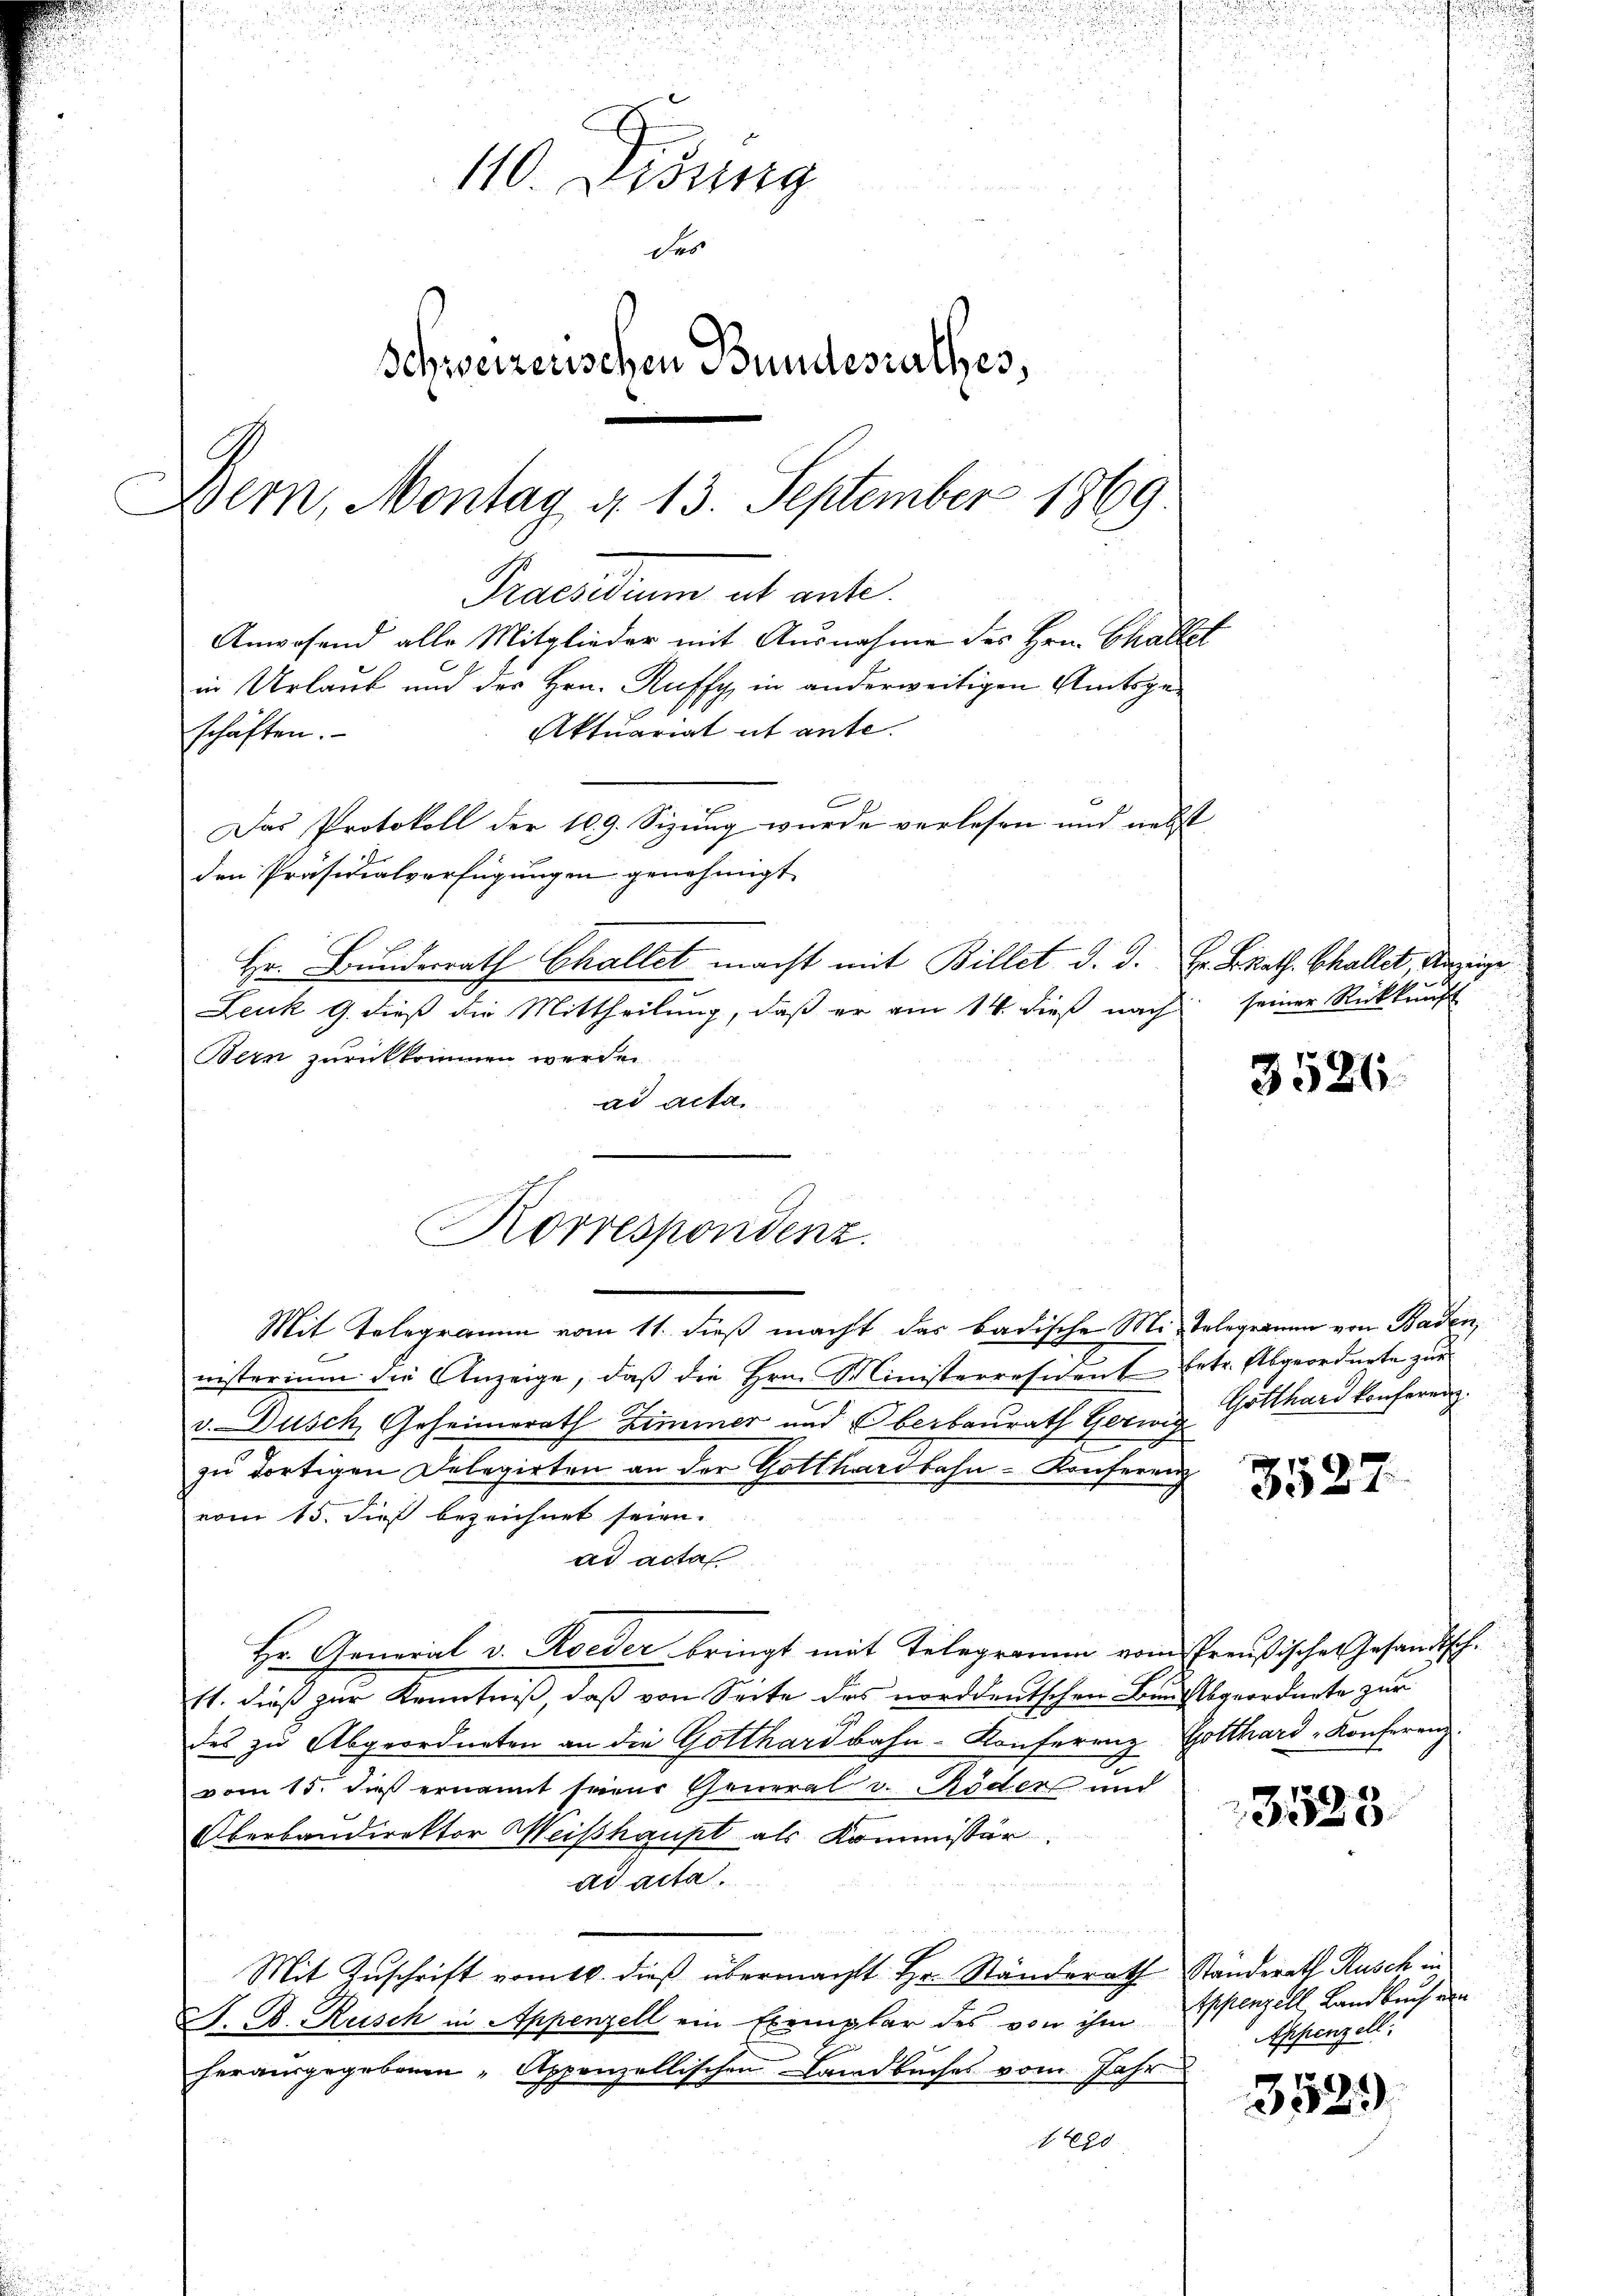
u
u

110. Didung
des
Schweizerischen Bundesrathes,
Bern, Montag d. 13. September 1869

Das Protokoll der 109. Sizung wurde verlesen und nebst
den Präsidialverfügungen genehmigt
Hr. Bundesrath Challet macht mit Billet d. d.
Leuk 9. dieß die Mittheilung, daß er am 14. dieß nach
Bern zurückkommen werden.
ad acta
Korrespondenz.

in Urlaub und der Hrn. Ruffy, in anderweitigen Amtsge¬
Aktuariat ut ante.
schäften.

Praesidium ab ante.
Anwesend alle Mitglieder mit Ausnahme des Hrn. Challet

Mit Telegramm vom 11. dieß macht das badischen Mi-Telegermen von Baden,
nisterium die Anzeige, daβ die Hrn. Ministerresident betr. Abgeordnete zŭr
v. Dusch Geheimerath Zimmer und Oberbaurath Germ Gotthard konferen.
zu dortigen Delegirten an der Gotthardbahn-Konferenz
vom 15. dieß bezeichnet seien.
ad acta
Hr. General v. Roeder bringt mit Telegramm vom Preußische Gesandtsch
11. dieß zur Kenntniß, daß von Seite des norddeutschen Bauchtbgeordnete zur
des zu Abgeordneten an die Gotthardbahn-Konferenz Gotthard-Konferenz
vom 15. dieß ernannt seiner General v. Ruder und
Oberbandirektor Weisshaupt als Kommissär
ad acta.
Mit Zuschrift vom 16. dieß übermacht Hr. Ständerath Ständerath Rusch in
S. D. Reisch in Appenzell ein Exemplar des von ihm
herausgegebenen "Appenzellischen Landbuches vom Jahr
120

Hr. K. Rath. Schallet Anzeige
seiner Rückkunft

3526

3527

3523.

Eppenzell, Landbruch di
Appenzell:

3529)